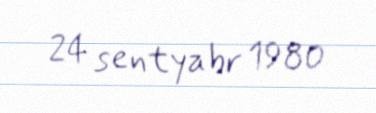
24 sentyabr 1980